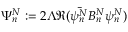
\Psi _ { n } ^ { N } : = 2 \Lambda \Re ( \Bar { \psi _ { n } ^ { N } } B _ { n } ^ { N } \psi _ { n } ^ { N } )